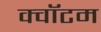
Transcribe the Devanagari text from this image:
क्‍वॉटम